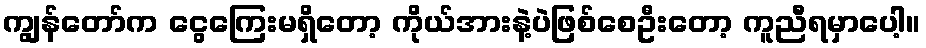
ကျွန်တော်က ငွေကြေးမရှိတော့ ကိုယ်အားနဲ့ပဲဖြစ်စေဦးတော့ ကူညီရမှာပေါ့။